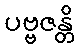
ပဗ္ဗဇန္တိ